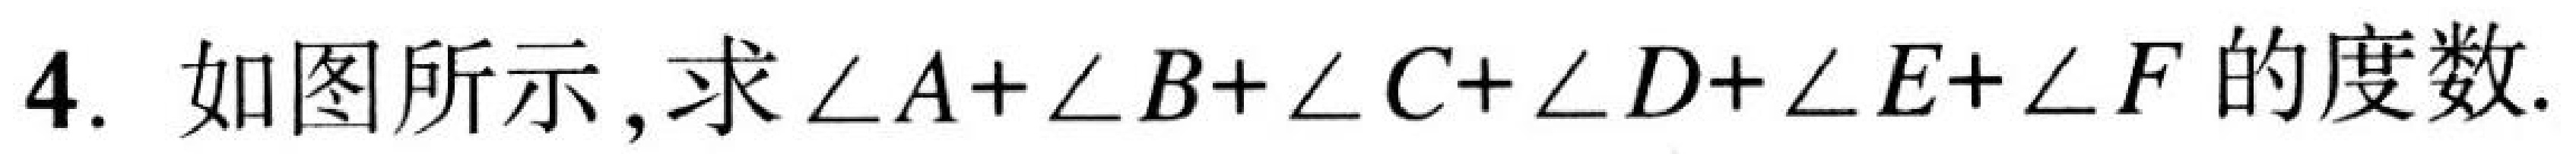
4. 如图所示,求\(\angle A+\angle B+\angle C+\angle D+\angle E+\angle F\)的度数.